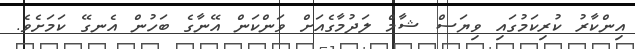
އިންކާރު ކުރިކަމުގައި ވިޔަސް ޝާމް ލަދުމާގެއަށް ވަންކަން އޭނާގެ ބަހުން އެނގޭ ކަމަށެވެ.